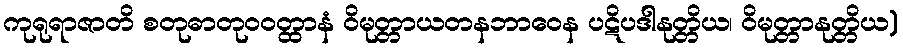
ကုရုရာဇာတိ စတုဓာတုဝဝတ္ထာနံ ဝိမုတ္တာယတနဘာဝေန ပဋိပဒါနုတ္တိယ၊ ဝိမုတ္တာနုတ္တိယ)